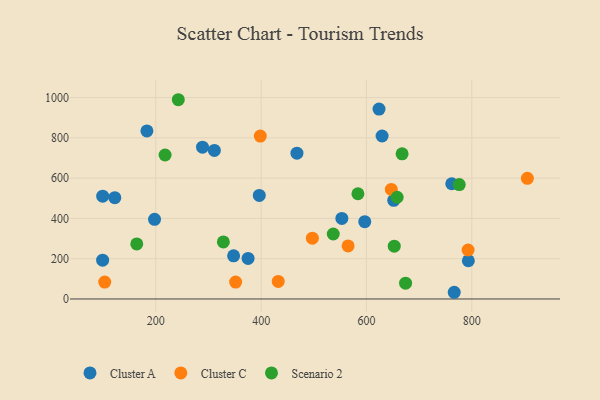
{"axis": {"x": "Price", "y": "Rating"}, "legend": ["Cluster A", "Cluster C", "Scenario 2"], "data": [{"x": "311.2", "y": 737.6, "type": "Cluster A"}, {"x": "288.7", "y": 753.7, "type": "Cluster A"}, {"x": "553.3", "y": 399.7, "type": "Cluster A"}, {"x": "122.1", "y": 502.7, "type": "Cluster A"}, {"x": "375.2", "y": 201.3, "type": "Cluster A"}, {"x": "99.0", "y": 192.5, "type": "Cluster A"}, {"x": "629.7", "y": 809.1, "type": "Cluster A"}, {"x": "766.7", "y": 33.3, "type": "Cluster A"}, {"x": "596.8", "y": 383.8, "type": "Cluster A"}, {"x": "183.1", "y": 834.4, "type": "Cluster A"}, {"x": "468.0", "y": 723.7, "type": "Cluster A"}, {"x": "99.1", "y": 510.6, "type": "Cluster A"}, {"x": "197.6", "y": 395.7, "type": "Cluster A"}, {"x": "651.8", "y": 489.6, "type": "Cluster A"}, {"x": "623.9", "y": 942.8, "type": "Cluster A"}, {"x": "396.5", "y": 514.3, "type": "Cluster A"}, {"x": "762.0", "y": 572.0, "type": "Cluster A"}, {"x": "347.7", "y": 214.2, "type": "Cluster A"}, {"x": "793.5", "y": 189.9, "type": "Cluster A"}, {"x": "793.0", "y": 243.2, "type": "Cluster C"}, {"x": "647.2", "y": 543.7, "type": "Cluster C"}, {"x": "432.5", "y": 87.3, "type": "Cluster C"}, {"x": "351.6", "y": 83.9, "type": "Cluster C"}, {"x": "565.1", "y": 263.4, "type": "Cluster C"}, {"x": "905.6", "y": 599.0, "type": "Cluster C"}, {"x": "103.0", "y": 84.0, "type": "Cluster C"}, {"x": "497.3", "y": 301.8, "type": "Cluster C"}, {"x": "398.4", "y": 808.6, "type": "Cluster C"}, {"x": "674.3", "y": 78.4, "type": "Scenario 2"}, {"x": "328.3", "y": 283.1, "type": "Scenario 2"}, {"x": "217.6", "y": 714.8, "type": "Scenario 2"}, {"x": "583.8", "y": 522.5, "type": "Scenario 2"}, {"x": "242.7", "y": 989.2, "type": "Scenario 2"}, {"x": "667.7", "y": 720.7, "type": "Scenario 2"}, {"x": "658.3", "y": 505.0, "type": "Scenario 2"}, {"x": "163.8", "y": 273.3, "type": "Scenario 2"}, {"x": "537.0", "y": 322.6, "type": "Scenario 2"}, {"x": "652.8", "y": 262.1, "type": "Scenario 2"}, {"x": "776.2", "y": 567.9, "type": "Scenario 2"}]}